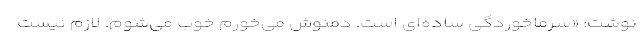
نوشت: «سرماخوردگی ساده‌ای است. دمنوش می‌خورم خوب می‌شوم. لازم نیست